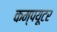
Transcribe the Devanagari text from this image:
कम्‍पयूटर